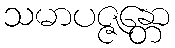
သမာပဇ္ဇန္တော